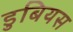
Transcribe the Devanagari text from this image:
डुबियस